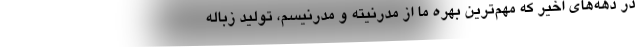
در دهه‌های اخیر که مهم‌ترین بهره ما از مدرنیته و مدرنیسم، تولید زباله